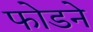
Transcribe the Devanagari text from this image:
फोडने